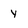
Character: Y